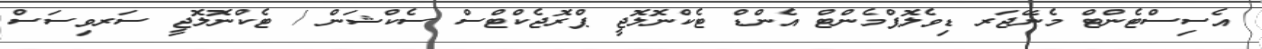
އެސިސްޓެންޓް މެނޭޖަރ ޑިވެލޮޕްމެންޓް އެންޑް ޓެކްނޮލޮޖީ ޕްރޮޖެކްޓްސް ސެކްޝަން / ޓެކްނޮލޮޖީ ސަރވިސަސް